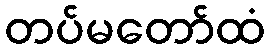
တပ်မတော်ထံ